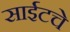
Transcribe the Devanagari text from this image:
साईटचे